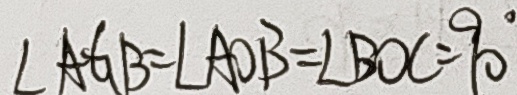
\angle A G B = \angle A O B = \angle B O C = 9 0 ^ { \circ }